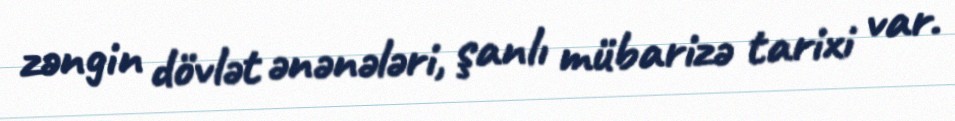
zəngin dövlət ənənələri, şanlı mübarizə tarixi var.